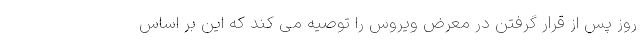
روز پس از قرار گرفتن در معرض ویروس را توصیه می کند که این بر اساس